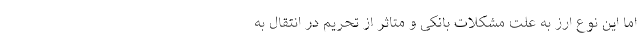
اما این نوع ارز به علت مشکلات بانکی و متاثر از تحریم در انتقال به